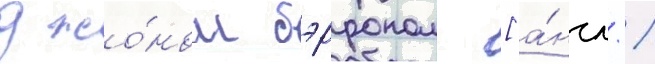
джо́ном бэрроном [а́нгл. /